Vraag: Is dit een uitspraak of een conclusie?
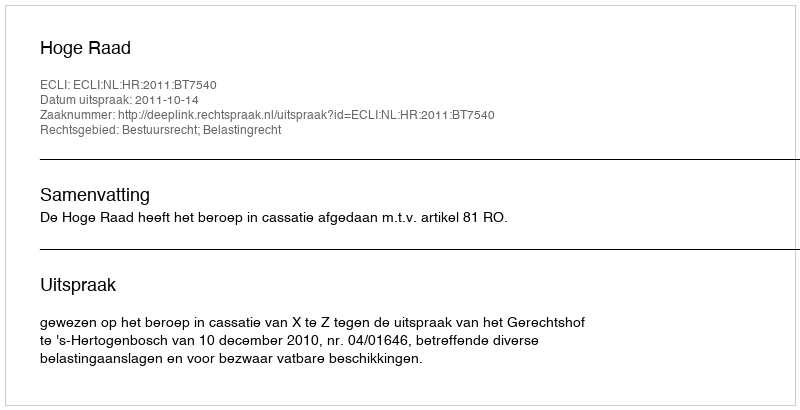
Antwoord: Uitspraak